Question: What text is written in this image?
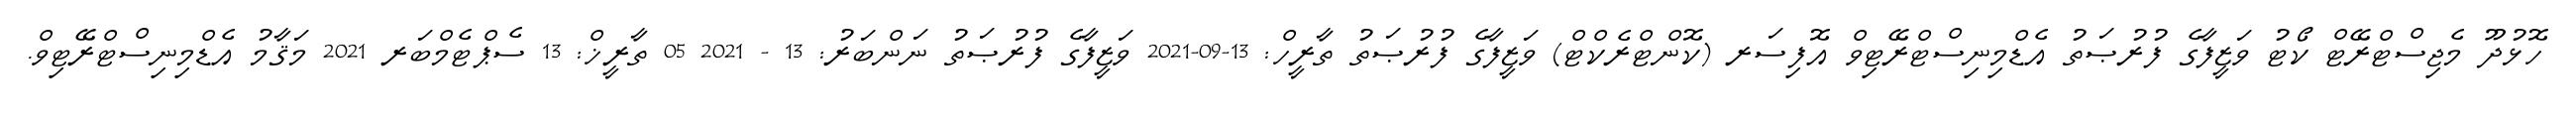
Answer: ހޮޅުދޫ މެޖިސްޓްރޭޓް ކޯޓު ވަޒީފާގެ ފުރުޞަތު އެޑްމިނިސްޓްރޭޓިވް އޮފިސަރ (ކޮންޓްރެކްޓް) ވަޒީފާގެ ފުރުޞަތު ތާރީހް: 13-09-2021 ވަޒީފާގެ ފުރުޞަތު ނަންބަރު: 13 - 2021 05 ތާރީޚް: 13 ސެޕްޓެމްބަރ 2021 މަޤާމު އެޑްމިނިސްޓްރޭޓިވް.